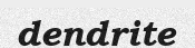
dendrite